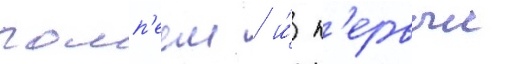
помп'еем / и́ п'ервыи